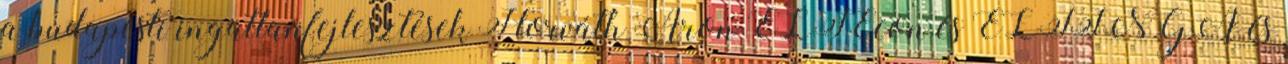
a budapesti ingatlanfejlesztések Horváth Áron ELTEcon és ELTINGA és